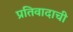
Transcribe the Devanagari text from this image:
प्रतिवादाची